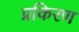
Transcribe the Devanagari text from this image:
प्रकिरण